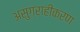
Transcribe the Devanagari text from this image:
असुग्राहीकरण